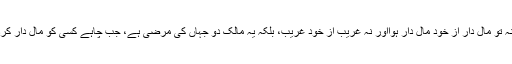
اسلام یہ باور کروانا چاہتا ہے کہ نہ تو مال دار از خود مال دار ہوااور نہ غریب از خود غریب، بلکہ یہ مالک دو جہاں کی مرضی ہے، جب چاہے کسی کو مال دار کردے اور جب چاہے کنگال کردے ۔